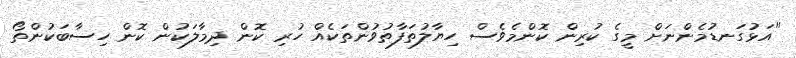
"އަޅުގަނޑުމެންނަށް މީގެ ކުރިން ކޮންމެވެސް ހިޔާލުތަފާތުވުންތަކެއް ހުރި ކޮން ދިމާލަކުން ކޮން ހިސާބަކުންތޯ